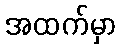
အထက်မှာ